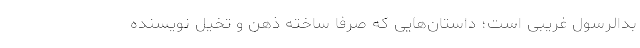
بدالرسول غریبی است؛ داستان‌هایی که صرفاً ساخته ذهن و تخیل نویسنده